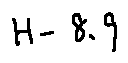
H - 8 . 9